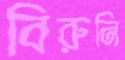
বিরুনি